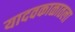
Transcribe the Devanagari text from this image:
यादवकाळातला